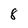
Character: 8